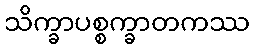
သိက္ခာပစ္စက္ခာတကဿ